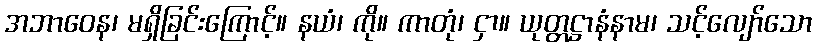
အဘာဝေန၊ မရှိခြင်းကြောင့်။ နယံ၊ ကို။ ကာတုံ၊ ငှာ။ ယုတ္တဋ္ဌာနံနာမ၊ သင့်လျော်သော